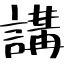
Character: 講